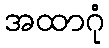
အထာဂုံ